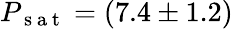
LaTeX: P_{\mathrm{~s~a~t~}}=(7.4\pm 1.2)